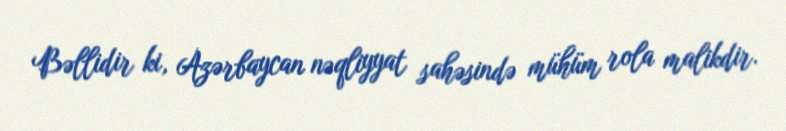
Bəllidir ki, Azərbaycan nəqliyyat sahəsində mühüm rola malikdir.